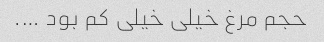
حجم مرغ خیلی خیلی کم بود ….